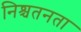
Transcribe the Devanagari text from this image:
निश्चतनता